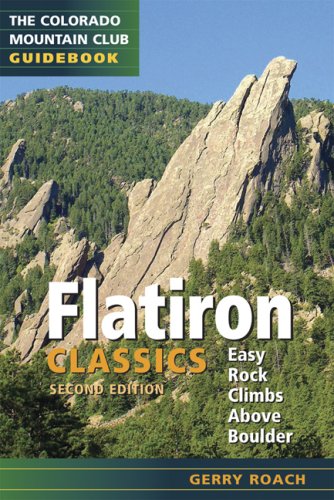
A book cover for Flatiron Classics: Easy Rock Climbs Above Boulder (Colorado Mountain Club Guidebooks); Gerry Roach; Travel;